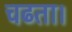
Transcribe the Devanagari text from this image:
चढता।